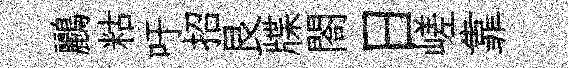
鸝䊀吁招艮牒閤日嵯靠